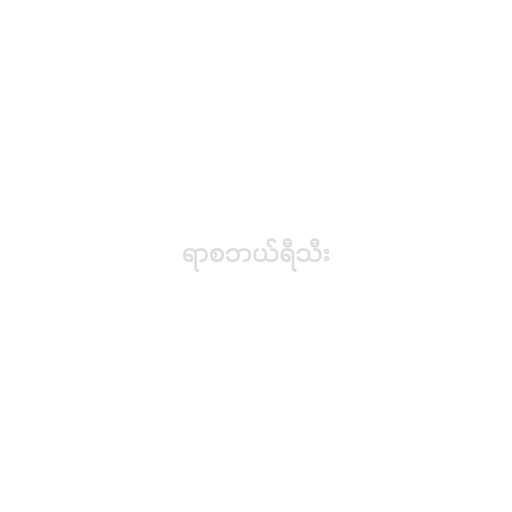
ရာစဘယ်ရီသီး